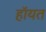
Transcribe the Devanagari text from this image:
हॉयत